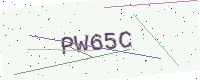
Text: PW65C